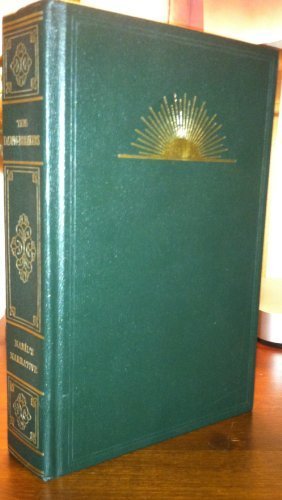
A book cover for Dawn-Breakers: Nabil's Narrative of the Early Days of the Baha'i Revelation; Nabil-I-A'zam; Religion & Spirituality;